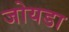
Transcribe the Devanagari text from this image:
जोयडा